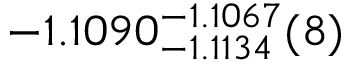
- 1 . 1 0 9 0 _ { - 1 . 1 1 3 4 } ^ { - 1 . 1 0 6 7 } ( 8 )